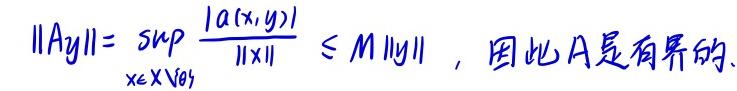
$\|Ay\|=\sup_{x\in X\setminus\{0\}}\frac{|a(x,y)|}{\|x\|}\leq M\|y\|，因此A是有界的.$